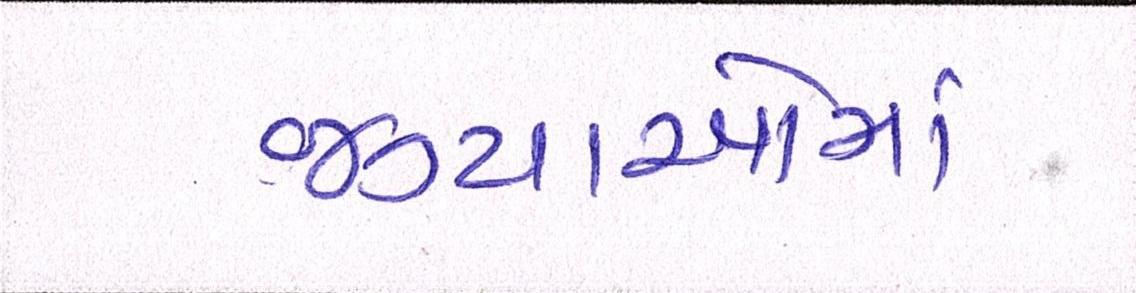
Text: જગ્યાઓમાં